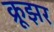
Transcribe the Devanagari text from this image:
क्रूझर